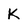
Character: K